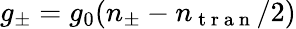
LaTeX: g_{\pm}=g_{0}(n_{\pm}-n_{\mathrm{~t~r~a~n~}}/2)